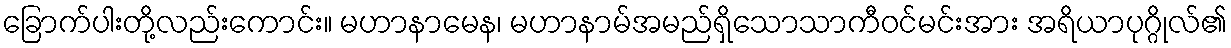
ခြောက်ပါးတို့လည်းကောင်း။ မဟာနာမေန၊ မဟာနာမ်အမည်ရှိသောသာကီဝင်မင်းအား အရိယာပုဂ္ဂိုလ်၏